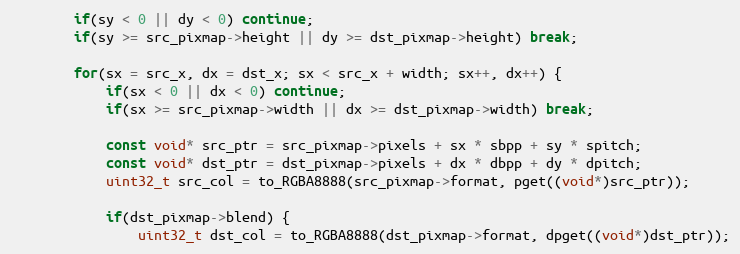
Language: C
		if(sy < 0 || dy < 0) continue;
		if(sy >= src_pixmap->height || dy >= dst_pixmap->height) break;

		for(sx = src_x, dx = dst_x; sx < src_x + width; sx++, dx++) {
			if(sx < 0 || dx < 0) continue;
			if(sx >= src_pixmap->width || dx >= dst_pixmap->width) break;

			const void* src_ptr = src_pixmap->pixels + sx * sbpp + sy * spitch;
			const void* dst_ptr = dst_pixmap->pixels + dx * dbpp + dy * dpitch;
			uint32_t src_col = to_RGBA8888(src_pixmap->format, pget((void*)src_ptr));

			if(dst_pixmap->blend) {
				uint32_t dst_col = to_RGBA8888(dst_pixmap->format, dpget((void*)dst_ptr));